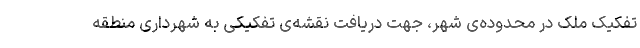
تفکیک ملک در محدوده‌ی شهر، جهت دریافت نقشه‌ی تفکیکی به شهرداری منطقه